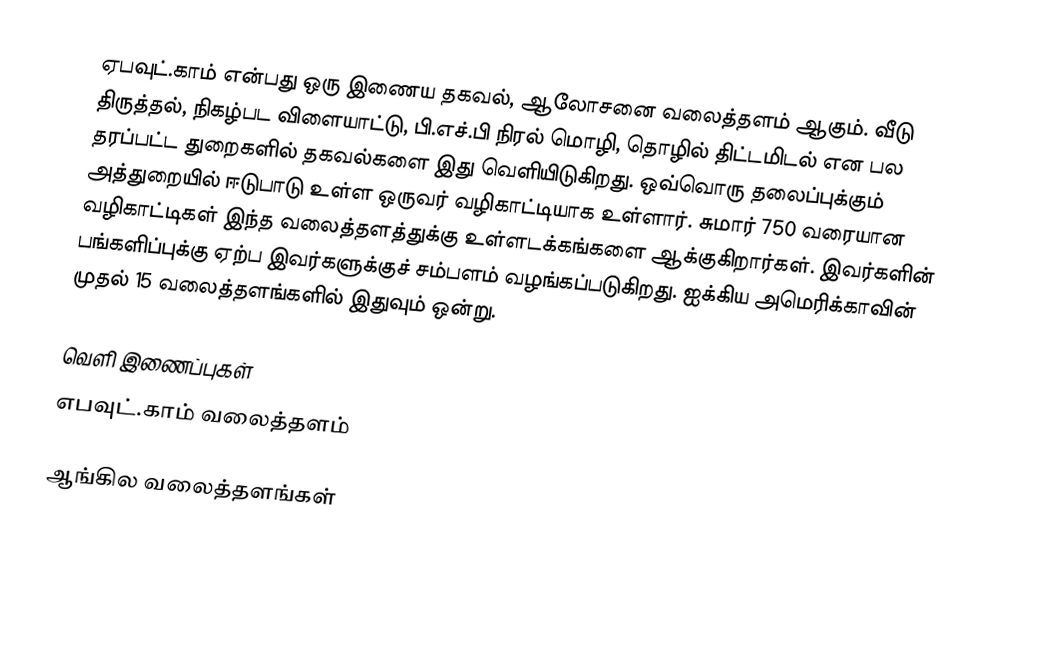
ஏபவுட்.காம் என்பது ஒரு இணைய தகவல், ஆலோசனை வலைத்தளம் ஆகும்.  வீடு திருத்தல், நிகழ்பட விளையாட்டு, பி.எச்.பி நிரல் மொழி, தொழில் திட்டமிடல் என பல தரப்பட்ட துறைகளில் தகவல்களை இது வெளியிடுகிறது.  ஒவ்வொரு தலைப்புக்கும் அத்துறையில் ஈடுபாடு உள்ள ஒருவர் வழிகாட்டியாக உள்ளார்.  சுமார் 750 வரையான வழிகாட்டிகள் இந்த வலைத்தளத்துக்கு உள்ளடக்கங்களை ஆக்குகிறார்கள்.  இவர்களின் பங்களிப்புக்கு ஏற்ப இவர்களுக்குச் சம்பளம் வழங்கப்படுகிறது.  ஐக்கிய அமெரிக்காவின் முதல் 15 வலைத்தளங்களில் இதுவும் ஒன்று.

வெளி இணைப்புகள்
 எபவுட்.காம் வலைத்தளம்

ஆங்கில வலைத்தளங்கள்